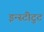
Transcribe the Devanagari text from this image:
इन्स्टीटुट